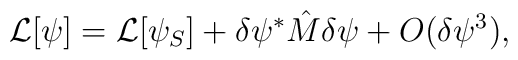
{\cal L}[\psi]={\cal L}[\psi_{S}]+\delta\psi^{*}\hat{M}\delta\psi+O(\delta\psi^{3}),